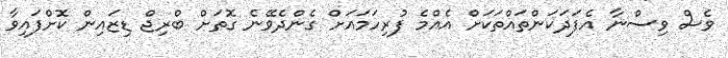
ވެސް ވިސްނާ އެފަދަކަންތައްތަކަށް އެއްމެ ފުރިހަމައަށް ގެންދެވޭނެ ގޮތަށް ބްރިޖް ޑިޒައިން ކޮށްފައިވާ